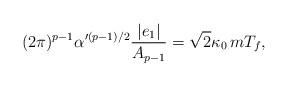
LaTeX: \begin{align*}(2 \pi)^{p -1} \alpha'^{(p -1)/2} \frac{|e_1|}{ A_{p -1}} = \sqrt{2} \kappa_0 \,m T_f,\end{align*}